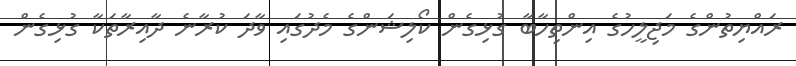
ރައްޔިތުންގެ މަޖިލީހުގެ އިންތިހާބާ ގުޅިގެން ކޯލިޝަންގެ މެދުގައި ވާދަ ކުރާނެ ދާއިރާތަކާ ގުޅިގެން